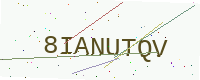
Text: 8IANUTQV